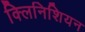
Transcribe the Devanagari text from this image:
क्लिनिशियन